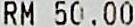
RM 50.00